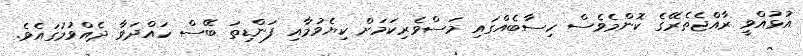
އުޅުއްވީ ރާއްޖެތެރޭގެ ކޮންމެވެސް ހިސާބެއްގައި މަސްވެރިކަމަށް ކިޔެވުމާއި ފަންޑިތަ ބޭސް ހައްދަވާ ދެއްވުމުގައެވެ.